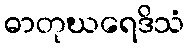
ဓာတုဃရေဒိသံ